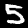
Label: 5